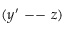
( y ^ { \prime } \mathrm { ~ -- ~ } z )